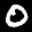
Label: 0